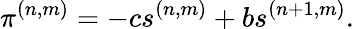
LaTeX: \pi^{(n,m)}=-cs^{(n,m)}+bs^{(n+1,m)}.